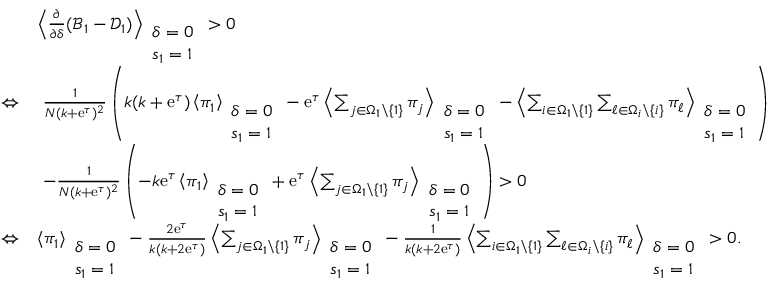
\begin{array} { r l } & { \left\langle \frac { \partial } { \partial \delta } ( \mathcal { B } _ { 1 } - \mathcal { D } _ { 1 } ) \right\rangle _ { \begin{array} { l } { \delta = 0 } \\ { s _ { 1 } = 1 } \end{array} } > 0 } \\ { \Leftrightarrow } & { ~ \frac { 1 } { N ( k + \mathrm { e } ^ { \tau } ) ^ { 2 } } \left( k ( k + \mathrm { e } ^ { \tau } ) \left\langle \pi _ { 1 } \right\rangle _ { \begin{array} { l } { \delta = 0 } \\ { s _ { 1 } = 1 } \end{array} } - \mathrm { e } ^ { \tau } \left\langle \sum _ { j \in \Omega _ { 1 } \backslash \{ 1 \} } \pi _ { j } \right\rangle _ { \begin{array} { l } { \delta = 0 } \\ { s _ { 1 } = 1 } \end{array} } - \left\langle \sum _ { i \in \Omega _ { 1 } \backslash \{ 1 \} } \sum _ { \ell \in \Omega _ { i } \backslash \{ i \} } \pi _ { \ell } \right\rangle _ { \begin{array} { l } { \delta = 0 } \\ { s _ { 1 } = 1 } \end{array} } \right) } \\ & { ~ - \frac { 1 } { N ( k + \mathrm { e } ^ { \tau } ) ^ { 2 } } \left( - k \mathrm { e } ^ { \tau } \left\langle \pi _ { 1 } \right\rangle _ { \begin{array} { l } { \delta = 0 } \\ { s _ { 1 } = 1 } \end{array} } + \mathrm { e } ^ { \tau } \left\langle \sum _ { j \in \Omega _ { 1 } \backslash \{ 1 \} } \pi _ { j } \right\rangle _ { \begin{array} { l } { \delta = 0 } \\ { s _ { 1 } = 1 } \end{array} } \right) > 0 } \\ { \Leftrightarrow } & { \left\langle \pi _ { 1 } \right\rangle _ { \begin{array} { l } { \delta = 0 } \\ { s _ { 1 } = 1 } \end{array} } - \frac { 2 \mathrm { e } ^ { \tau } } { k ( k + 2 \mathrm { e } ^ { \tau } ) } \left\langle \sum _ { j \in \Omega _ { 1 } \backslash \{ 1 \} } \pi _ { j } \right\rangle _ { \begin{array} { l } { \delta = 0 } \\ { s _ { 1 } = 1 } \end{array} } - \frac { 1 } { k ( k + 2 \mathrm { e } ^ { \tau } ) } \left\langle \sum _ { i \in \Omega _ { 1 } \backslash \{ 1 \} } \sum _ { \ell \in \Omega _ { i } \backslash \{ i \} } \pi _ { \ell } \right\rangle _ { \begin{array} { l } { \delta = 0 } \\ { s _ { 1 } = 1 } \end{array} } > 0 . } \end{array}